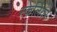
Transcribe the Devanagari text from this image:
स्केलियर